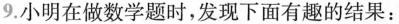
9.小明在做数学题时，发现下面有趣的结果：